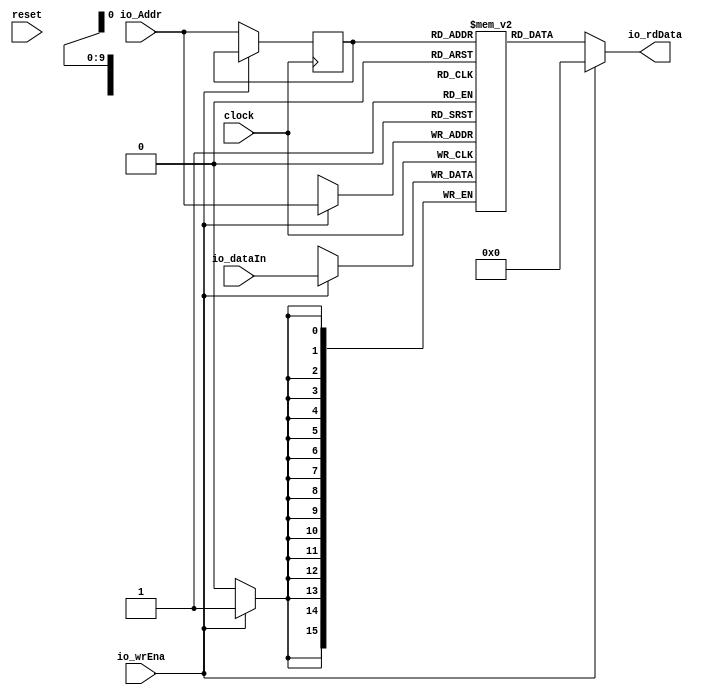
module WeightMemoryAccess(
  input         clock,
  input         reset,
  input         io_wrEna,
  input  [9:0]  io_Addr,
  input  [15:0] io_dataIn,
  output [15:0] io_rdData
);
`ifdef RANDOMIZE_MEM_INIT
  reg [31:0] _RAND_0;
`endif // RANDOMIZE_MEM_INIT
`ifdef RANDOMIZE_REG_INIT
  reg [31:0] _RAND_1;
  reg [31:0] _RAND_2;
`endif // RANDOMIZE_REG_INIT
  reg [15:0] mem [0:1023]; // @[weight_memory_access.scala 20:24]
  wire  mem_rdwrPort_r_en; // @[weight_memory_access.scala 20:24]
  wire [9:0] mem_rdwrPort_r_addr; // @[weight_memory_access.scala 20:24]
  wire [15:0] mem_rdwrPort_r_data; // @[weight_memory_access.scala 20:24]
  wire [15:0] mem_rdwrPort_w_data; // @[weight_memory_access.scala 20:24]
  wire [9:0] mem_rdwrPort_w_addr; // @[weight_memory_access.scala 20:24]
  wire  mem_rdwrPort_w_mask; // @[weight_memory_access.scala 20:24]
  wire  mem_rdwrPort_w_en; // @[weight_memory_access.scala 20:24]
  reg  mem_rdwrPort_r_en_pipe_0;
  reg [9:0] mem_rdwrPort_r_addr_pipe_0;
  assign mem_rdwrPort_r_en = mem_rdwrPort_r_en_pipe_0;
  assign mem_rdwrPort_r_addr = mem_rdwrPort_r_addr_pipe_0;
  assign mem_rdwrPort_r_data = mem[mem_rdwrPort_r_addr]; // @[weight_memory_access.scala 20:24]
  assign mem_rdwrPort_w_data = io_dataIn;
  assign mem_rdwrPort_w_addr = io_Addr;
  assign mem_rdwrPort_w_mask = io_wrEna;
  assign mem_rdwrPort_w_en = 1'h1 & io_wrEna;
  assign io_rdData = io_wrEna ? 16'h0 : mem_rdwrPort_r_data; // @[weight_memory_access.scala 22:13 26:19 27:31]
  always @(posedge clock) begin
    if (mem_rdwrPort_w_en & mem_rdwrPort_w_mask) begin
      mem[mem_rdwrPort_w_addr] <= mem_rdwrPort_w_data; // @[weight_memory_access.scala 20:24]
    end
    mem_rdwrPort_r_en_pipe_0 <= 1'h1 & ~io_wrEna;
    if (1'h1 & ~io_wrEna) begin
      mem_rdwrPort_r_addr_pipe_0 <= io_Addr;
    end
  end
// Register and memory initialization
`ifdef RANDOMIZE_GARBAGE_ASSIGN
`define RANDOMIZE
`endif
`ifdef RANDOMIZE_INVALID_ASSIGN
`define RANDOMIZE
`endif
`ifdef RANDOMIZE_REG_INIT
`define RANDOMIZE
`endif
`ifdef RANDOMIZE_MEM_INIT
`define RANDOMIZE
`endif
`ifndef RANDOM
`define RANDOM $random
`endif
`ifdef RANDOMIZE_MEM_INIT
  integer initvar;
`endif
`ifndef SYNTHESIS
`ifdef FIRRTL_BEFORE_INITIAL
`FIRRTL_BEFORE_INITIAL
`endif
initial begin
  `ifdef RANDOMIZE
    `ifdef INIT_RANDOM
      `INIT_RANDOM
    `endif
    `ifndef VERILATOR
      `ifdef RANDOMIZE_DELAY
        #`RANDOMIZE_DELAY begin end
      `else
        #0.002 begin end
      `endif
    `endif
`ifdef RANDOMIZE_MEM_INIT
  _RAND_0 = {1{`RANDOM}};
  for (initvar = 0; initvar < 1024; initvar = initvar+1)
    mem[initvar] = _RAND_0[15:0];
`endif // RANDOMIZE_MEM_INIT
`ifdef RANDOMIZE_REG_INIT
  _RAND_1 = {1{`RANDOM}};
  mem_rdwrPort_r_en_pipe_0 = _RAND_1[0:0];
  _RAND_2 = {1{`RANDOM}};
  mem_rdwrPort_r_addr_pipe_0 = _RAND_2[9:0];
`endif // RANDOMIZE_REG_INIT
  `endif // RANDOMIZE
end // initial
`ifdef FIRRTL_AFTER_INITIAL
`FIRRTL_AFTER_INITIAL
`endif
`endif // SYNTHESIS
endmodule